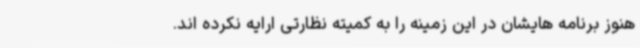
هنوز برنامه هایشان در این زمینه را به کمیته نظارتی ارایه نکرده اند.